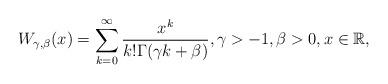
LaTeX: \begin{align*}W_{\gamma, \beta}(x)= \sum_{k=0}^{\infty}\frac{x^k}{k!\Gamma(\gamma k +\beta)}, \gamma >-1, \beta>0, x\in \mathbb{R},\end{align*}